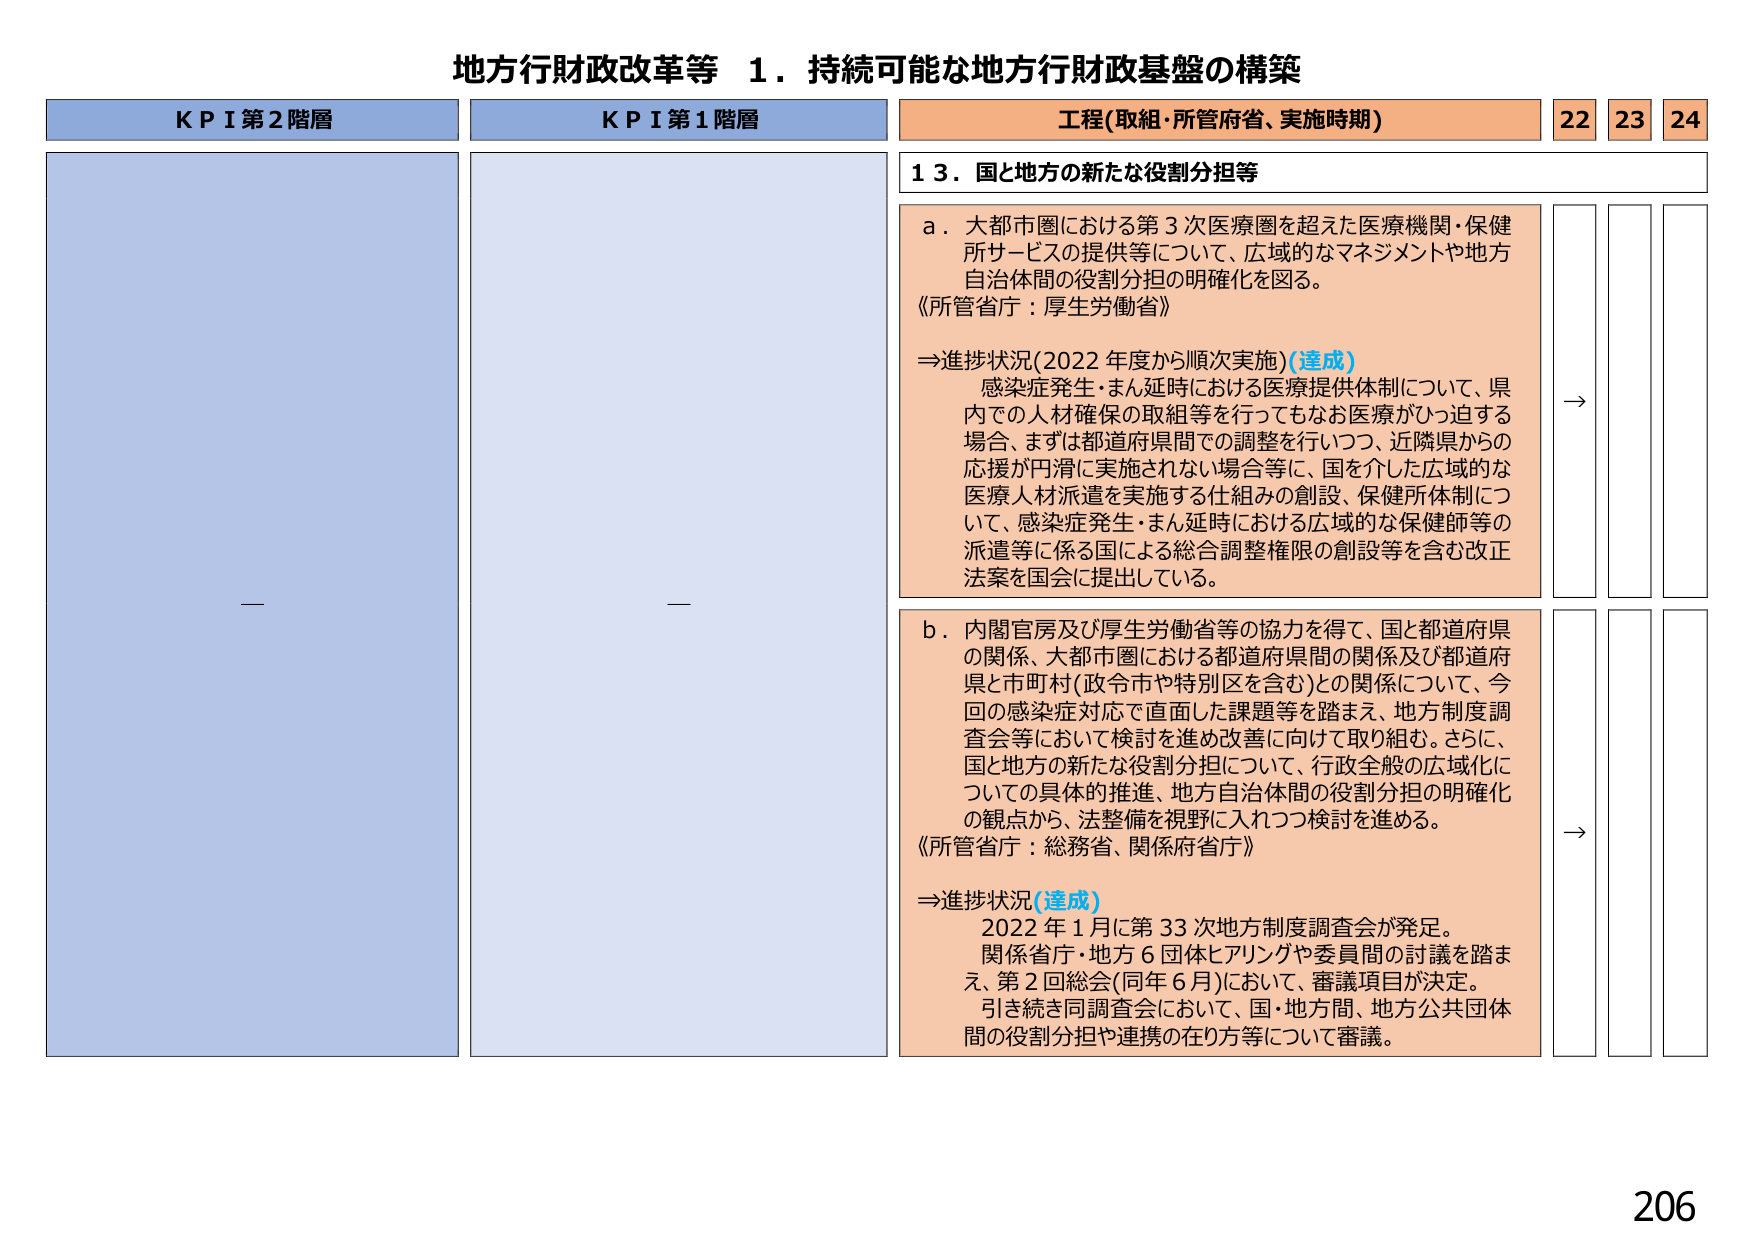
地方行財政改革等 １．持続可能な地方行財政基盤の構築

ＫＰＩ第２階層
—

ＫＰＩ第１階層
—

工程(取組・所管府省、実施時期)
２２ ２３ ２４

１３．国と地方の新たな役割分担等

ａ．大都市圏における第３次医療圏を超えた医療機関・保健
所サービスの提供等について、広域的なマネジメントや地方
自治体間の役割分担の明確化を図る。
《所管省庁：厚生労働省》

⇒進捗状況(2022年度から順次実施)(達成)
感染症発生・まん延時における医療提供体制について、県
内での人材確保の取組等を行ってもなお医療がひっ迫する
場合、まずは都道府県間での調整を行いつつ、近隣県からの
応援が円滑に実施されない場合等に、国を介した広域的な
医療人材派遣を実施する仕組みの創設、保健所体制につ
いて、感染症発生・まん延時における広域的な保健師等の
派遣等に係る国による総合調整権限の創設等を含む改正
法案を国会に提出している。

→

ｂ．内閣官房及び厚生労働省等の協力を得て、国と都道府県
の関係、大都市圏における都道府県間の関係及び都道府
県と市町村(政令市や特別区を含む)との関係について、今
回の感染症対応で直面した課題等を踏まえ、地方制度調
査会等において検討を進め改善に向けて取り組む。さらに、
国と地方の新たな役割分担について、行政全般の広域化に
ついての具体的推進、地方自治体間の役割分担の明確化
の観点から、法整備を視野に入れつつ検討を進める。
《所管省庁：総務省、関係府省庁》

⇒進捗状況(達成)
2022年1月に第33次地方制度調査会が発足。
関係省庁・地方6団体ヒアリングや委員間の討議を踏ま
え、第2回総会(同年6月)において、審議項目が決定。
引き続き同調査会において、国・地方間、地方公共団体
間の役割分担や連携の在り方等について審議。

→

206